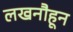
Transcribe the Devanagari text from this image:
लखनौहून